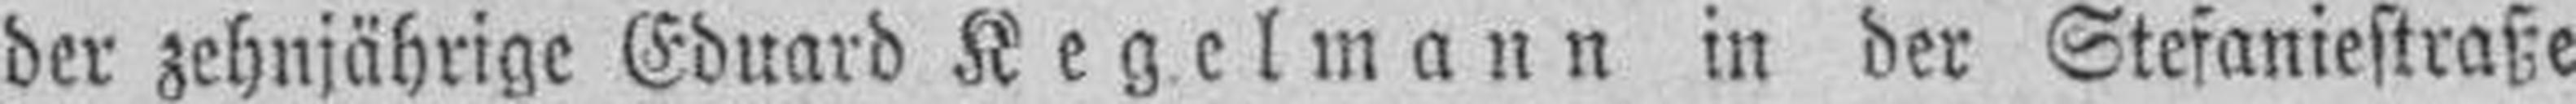
der zehnjährige Eduard Kegelmann in der Stefaniestraße